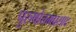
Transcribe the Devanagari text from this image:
पुरुषोत्तमप्रसाद